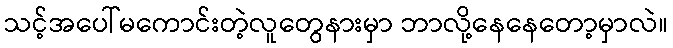
သင့်အပေါ်မကောင်းတဲ့လူတွေနားမှာ ဘာလို့နေနေတော့မှာလဲ။